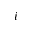
i